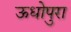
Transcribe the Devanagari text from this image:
ऊधोपुरा